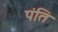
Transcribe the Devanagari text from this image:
पंति